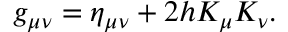
g _ { \mu \nu } = \eta _ { \mu \nu } + 2 h K _ { \mu } K _ { \nu } .